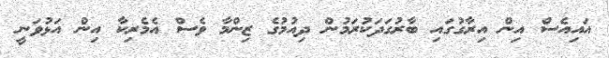
އައިއެސް އިން އިރާގުގައި ބާރުގަދަކުރަމުން ދިއުމުގެ ޒިންމާ ވެސް އެމެރިކާ އިން އަޅުވަނީ